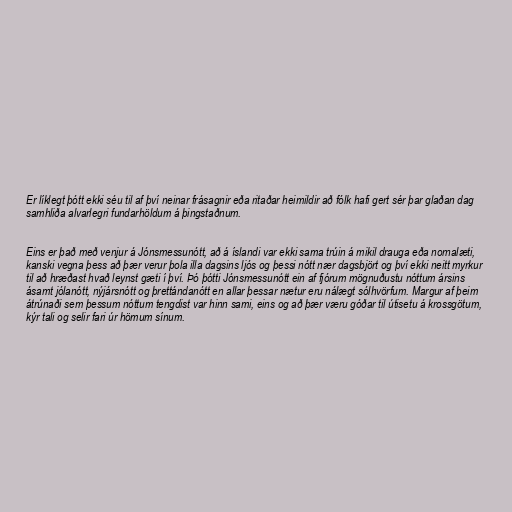
Er líklegt þótt ekki séu til af því neinar frásagnir eða ritaðar heimildir að fólk hafi gert sér þar glaðan dag
samhliða alvarlegri fundarhöldum á þingstaðnum.

Eins er það með venjur á Jónsmessunótt, að á íslandi var ekki sama trúin á mikil drauga eða nornalæti,
kanski vegna þess að þær verur þola illa dagsins ljós og þessi nótt nær dagsbjört og því ekki neitt myrkur
til að hræðast hvað leynst gæti í því. Þó þótti Jónsmessunótt ein af fjórum mögnuðustu nóttum ársins
ásamt jólanótt, nýjársnótt og þrettándanótt en allar þessar nætur eru nálægt sólhvörfum. Margur af þeim
átrúnaði sem þessum nóttum tengdist var hinn sami, eins og að þær væru góðar til útisetu á krossgötum,
kýr tali og selir fari úr hömum sínum.